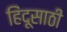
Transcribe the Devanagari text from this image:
हिंदूसाठी